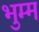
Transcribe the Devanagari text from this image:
भुम्म